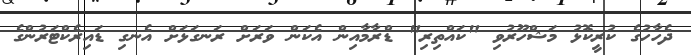
ދެހާހުގެ ކުރީކޮޅު މަޝްހޫރުވި "ކައްތިރި" ޑްރާމާއިން އެކަން ވަރަށް ރަނގަޅަށް އެނގި ޑައިރެކްޓަރުންގެ